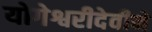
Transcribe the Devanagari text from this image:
योगेश्वरीदेवीने